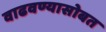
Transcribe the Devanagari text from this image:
वाढवण्यासोबत